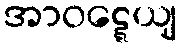
အာဝဋ္ဋေယျ